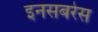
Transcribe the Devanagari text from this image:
इनसबरेस